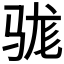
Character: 𮪡